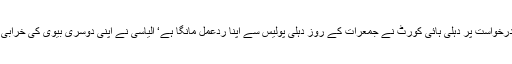
سابق ٹی وی اینکر صہیب الیاسی کی جانب سے دائرہ کردہ عبوری ضمانت کی درخواست پر دہلی ہائی کورٹ نے جمعرات کے روز دہلی پولیس سے اپنا ردعمل مانگا ہے‘ الیاسی نے اپنی دوسری بیوی کی خرابی صحت کے حوالہ دیتے ہوئے پندرہ دنوں کی عبوری ضمانت کے طلب گار ہیں۔